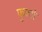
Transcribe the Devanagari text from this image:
फुक्टो